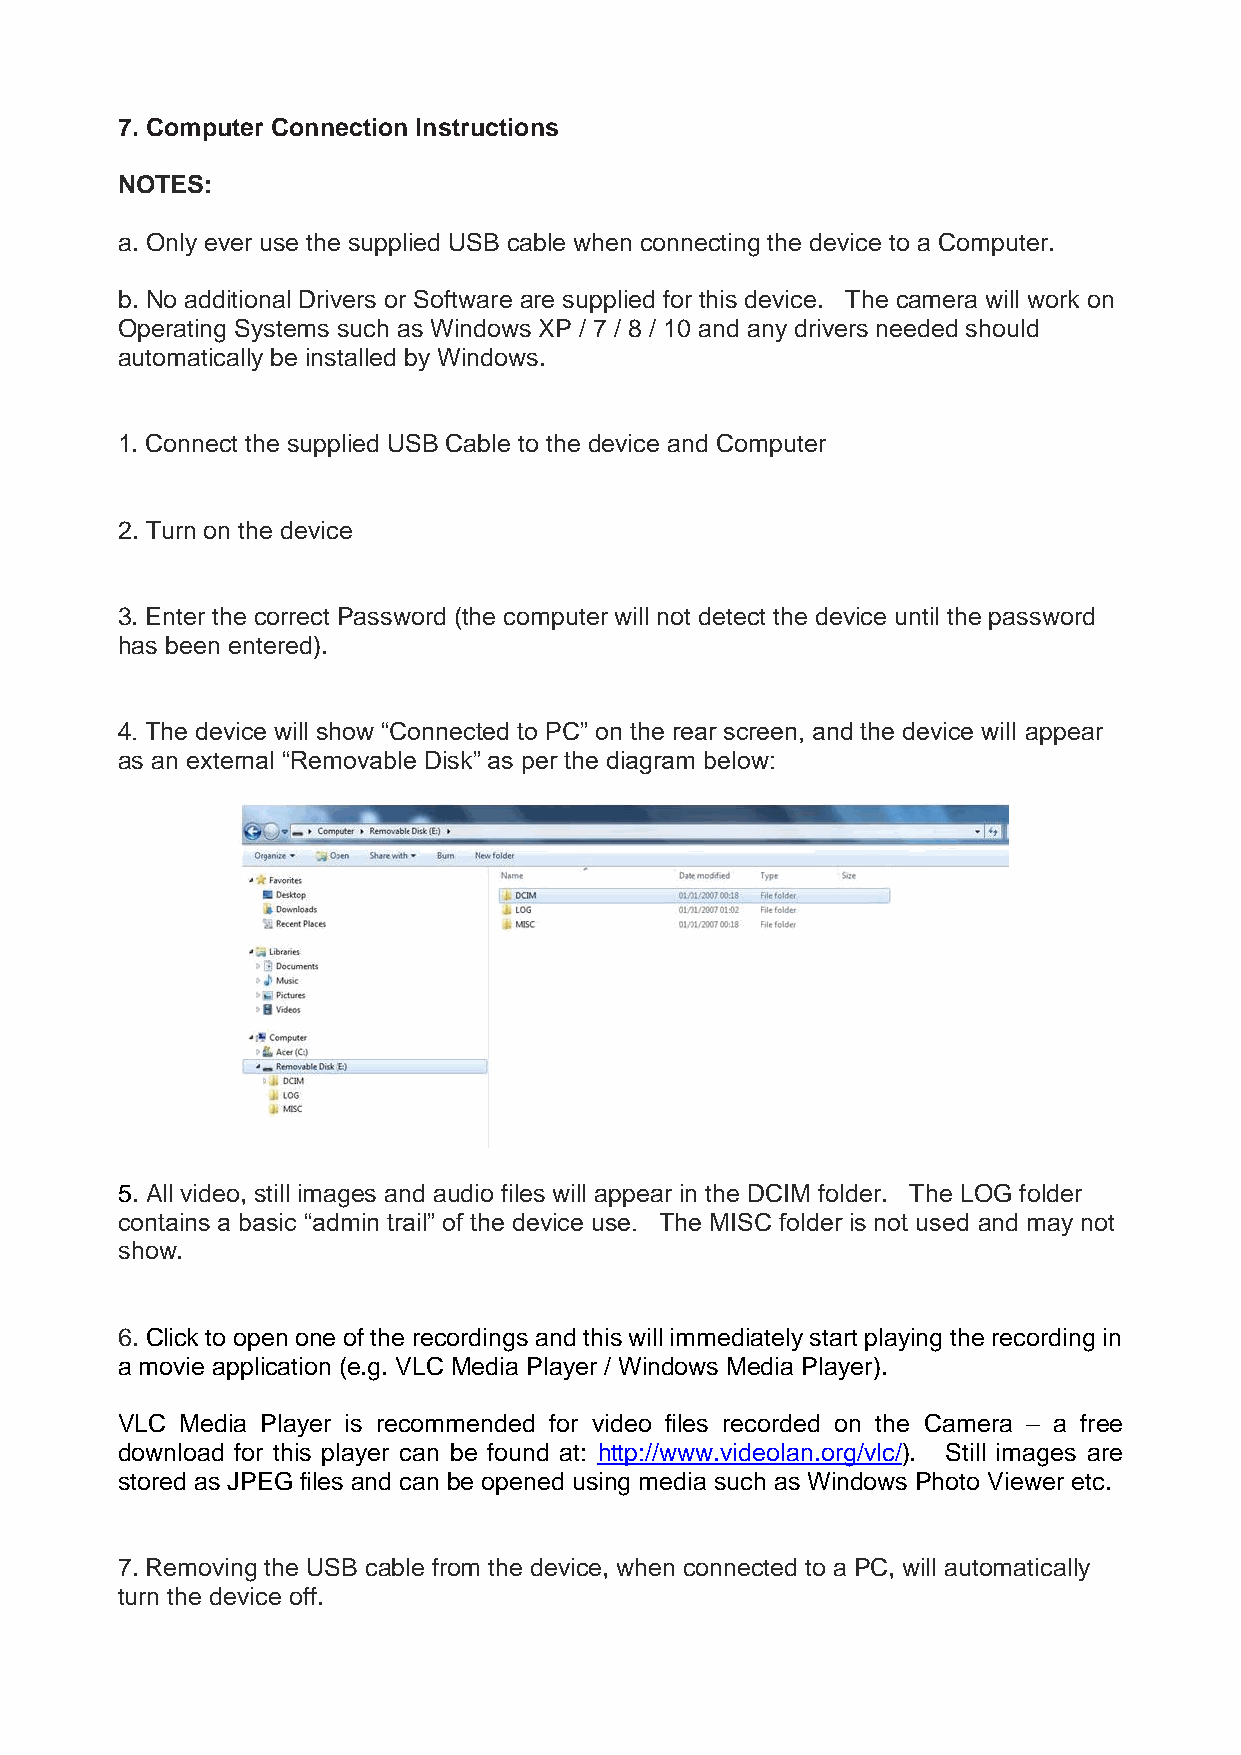
7. Computer Connection Instructions
 NOTES:
 a. Only ever use the supplied USB cable when connecting the device to a Computer.
 b. No additional Drivers or Software are supplied for this device. The camera will work on
 Operating Systems such as Windows XP / 7 / 8 / 10 and any drivers needed should
 automatically be installed by Windows.
 1. Connect the supplied USB Cable to the device and Computer
 2. Turn on the device
 3. Enter the correct Password (the computer will not detect the device until the password
 has been entered).
 4. The device will show “Connected to PC” on the rear screen, and the device will appear
 as an external “Removable Disk” as per the diagram below:
 5. All video, still images and audio files will appear in the DCIM folder. The LOG folder
 contains a basic “admin trail” of the device use. The MISC folder is not used and may not
 show.
 6. Click to open one of the recordings and this will immediately start playing the recording in
 a movie application (e.g. VLC Media Player / Windows Media Player).
 VLC Media Player is recommended for video files recorded on the Camera – a free
 download for this player can be found at: http://www.videolan.org/vlc/). Still images are
 stored as JPEG files and can be opened using media such as Windows Photo Viewer etc.
 7. Removing the USB cable from the device, when connected to a PC, will automatically
 turn the device off.